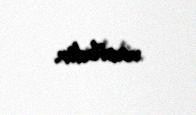
vacibdir.